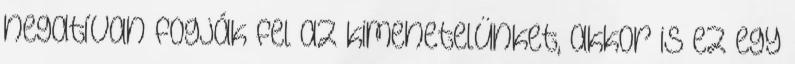
negatívan fogják fel az kimenetelünket, akkor is ez egy